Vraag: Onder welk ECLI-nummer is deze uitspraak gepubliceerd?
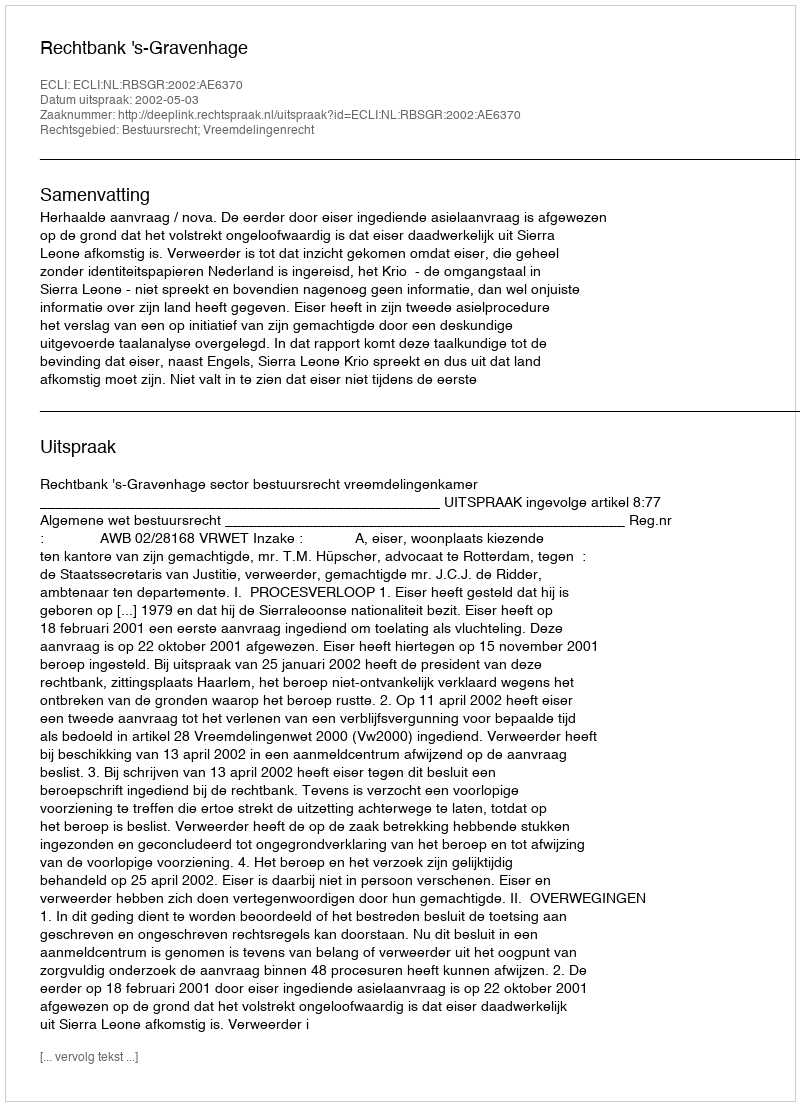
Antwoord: ECLI:NL:RBSGR:2002:AE6370